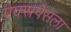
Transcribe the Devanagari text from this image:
एक्स्रपेसला